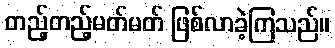
တည့်တည့်မတ်မတ် ဖြစ်လာခဲ့ကြသည်။